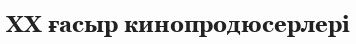
XX ғасыр кинопродюсерлері